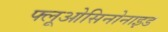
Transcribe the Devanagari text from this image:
फ्लूओसिनोनाइड